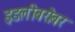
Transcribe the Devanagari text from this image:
इडलीबरोबर